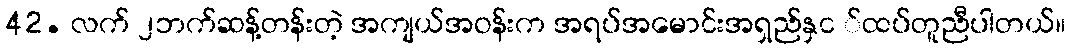
42. လက် ၂ဘက်ဆန့်တန်းတဲ့ အကျယ်အဝန်းက အရပ်အမောင်းအရှည်နှင ်ထပ်တူညီပါတယ်။